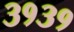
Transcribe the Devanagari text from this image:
३१३१